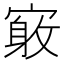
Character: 𪧤